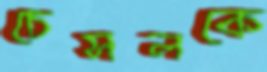
চেসলকে